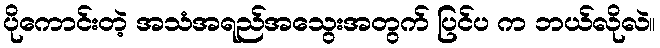
ပိုကောင်းတဲ့ အသံအရည်အသွေးအတွက် ပြင်ပ က ဘယ်လိုလဲ။